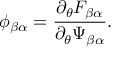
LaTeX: \phi _ { \beta \alpha } = \frac { \partial _ { \theta } F _ { \beta \alpha } } { \partial _ { \theta } \Psi _ { \beta \alpha } } .